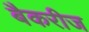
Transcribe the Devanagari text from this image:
बैकरीज